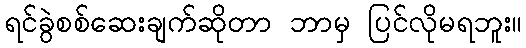
ရင်ခွဲစစ်ဆေးချက်ဆိုတာ ဘာမှ ပြင်လိုမရဘူး။